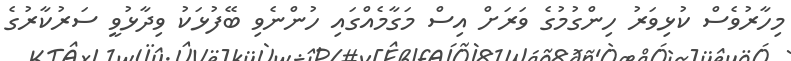
މިހާރުވެސް ކުޅިވަރު ހިންގުމުގެ ވަރަށް އިސް މަގާމެއްގައި ހުންނެވި ބޭފުޅަކު ވިދާޅުވީ ސަރުކާރުގެ